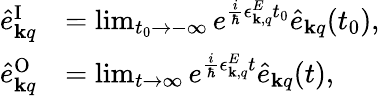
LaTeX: \begin{array}{rl}{\hat{e}_{{\mathbf k}q}^{\mathrm{I}}}&{=\operatorname*{lim}_{t_{0}\rightarrow-\infty}e^{\frac{i}{\hbar}\epsilon_{{\mathbf k},q}^{E}t_{0}}\hat{e}_{{\mathbf k}q}(t_{0}),}\\ {\hat{e}_{{\mathbf k}q}^{\mathrm{O}}}&{=\operatorname*{lim}_{t\rightarrow\infty}e^{\frac{i}{\hbar}\epsilon_{{\mathbf k},q}^{E}t}\hat{e}_{{\mathbf k}q}(t),}\end{array}